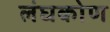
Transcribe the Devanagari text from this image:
लंघकोण